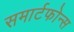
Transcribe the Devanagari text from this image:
समार्टफोन्स